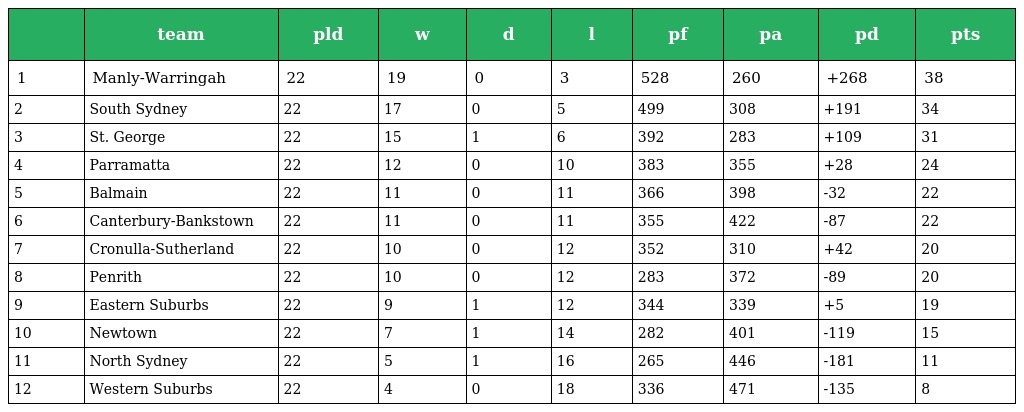
|  | team | pld | w | d | l | pf | pa | pd | pts |
 | --- | --- | --- | --- | --- | --- | --- | --- | --- | --- |
 | 1 | Manly-Warringah | 22 | 19 | 0 | 3 | 528 | 260 | +268 | 38 |
 | 2 | South Sydney | 22 | 17 | 0 | 5 | 499 | 308 | +191 | 34 |
 | 3 | St. George | 22 | 15 | 1 | 6 | 392 | 283 | +109 | 31 |
 | 4 | Parramatta | 22 | 12 | 0 | 10 | 383 | 355 | +28 | 24 |
 | 5 | Balmain | 22 | 11 | 0 | 11 | 366 | 398 | -32 | 22 |
 | 6 | Canterbury-Bankstown | 22 | 11 | 0 | 11 | 355 | 422 | -87 | 22 |
 | 7 | Cronulla-Sutherland | 22 | 10 | 0 | 12 | 352 | 310 | +42 | 20 |
 | 8 | Penrith | 22 | 10 | 0 | 12 | 283 | 372 | -89 | 20 |
 | 9 | Eastern Suburbs | 22 | 9 | 1 | 12 | 344 | 339 | +5 | 19 |
 | 10 | Newtown | 22 | 7 | 1 | 14 | 282 | 401 | -119 | 15 |
 | 11 | North Sydney | 22 | 5 | 1 | 16 | 265 | 446 | -181 | 11 |
 | 12 | Western Suburbs | 22 | 4 | 0 | 18 | 336 | 471 | -135 | 8 |